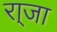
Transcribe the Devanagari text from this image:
रा्जा